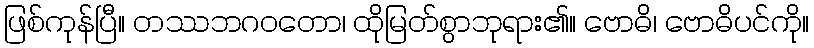
ဖြစ်ကုန်ပြီ။ တဿဘဂဝတော၊ ထိုမြတ်စွာဘုရား၏။ ဗောဓိ၊ ဗောဓိပင်ကို။